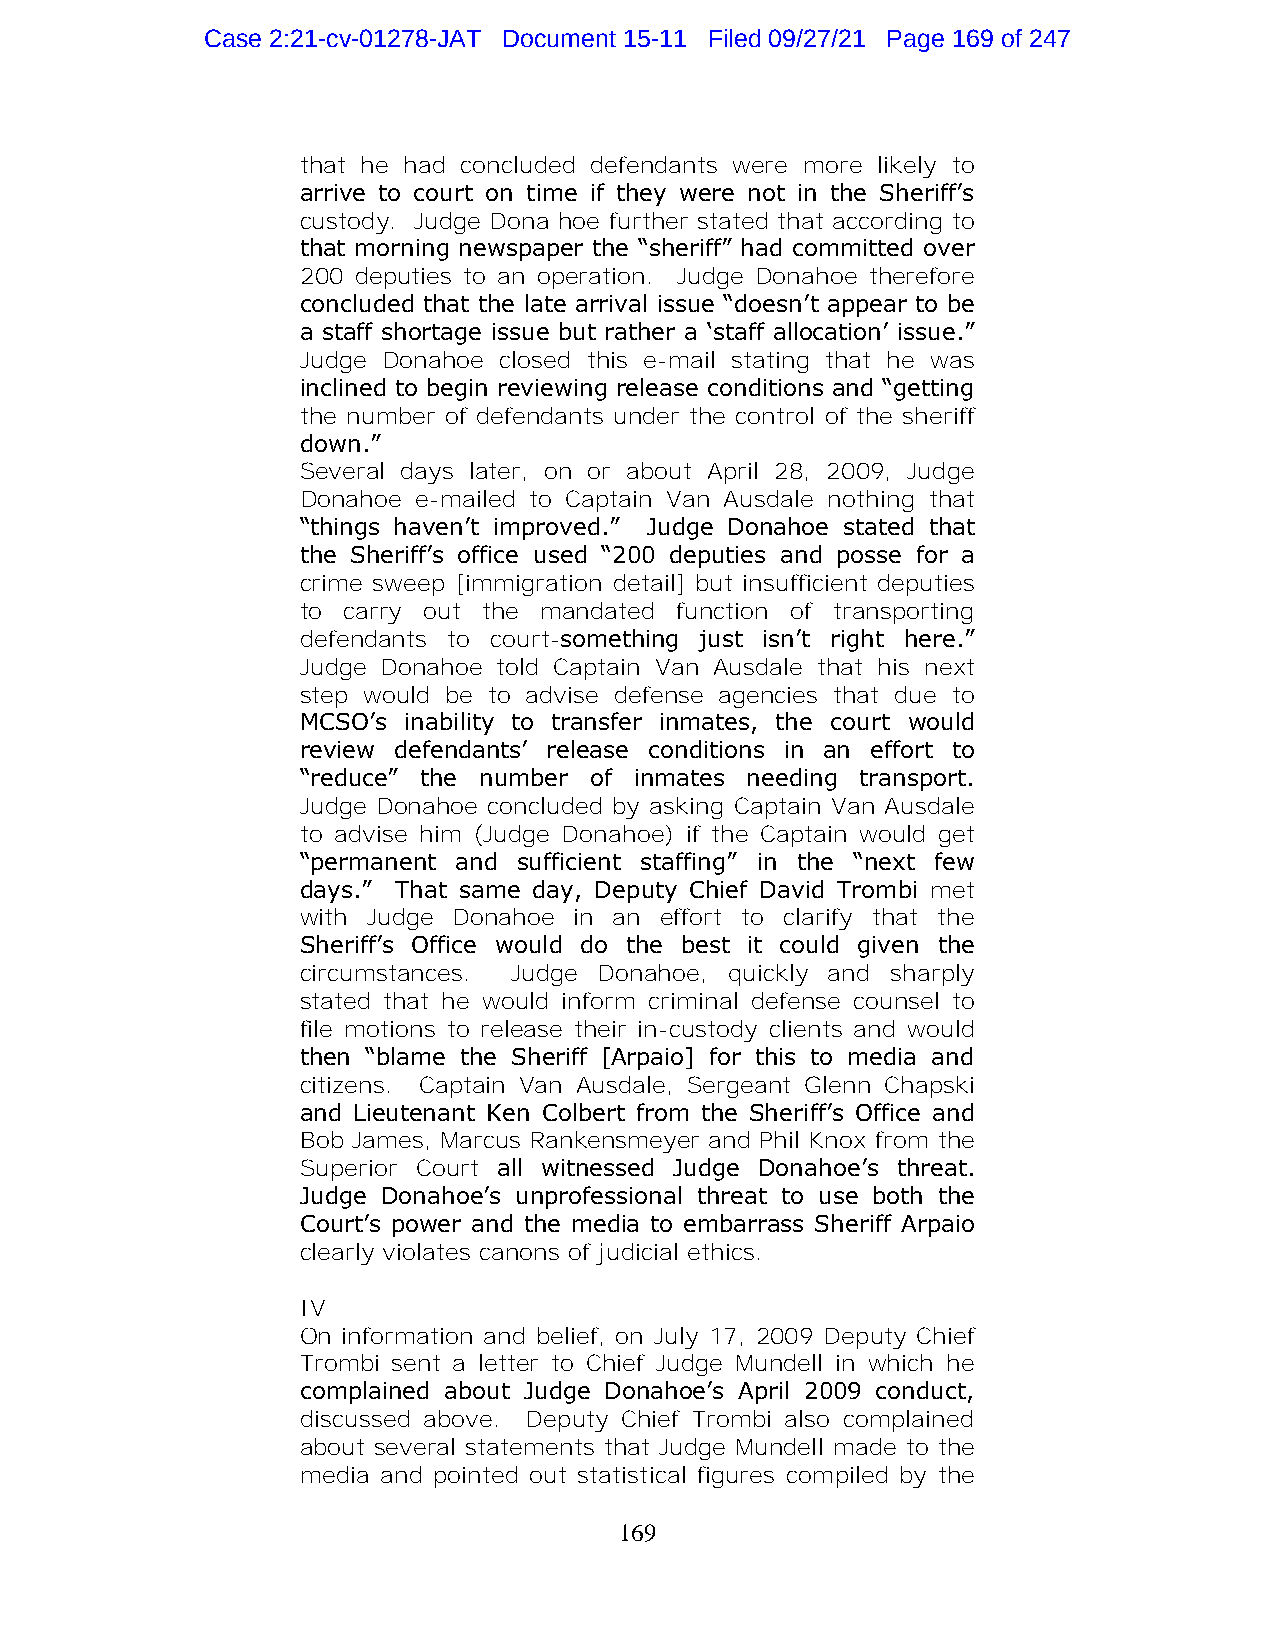
Case 2:21-cv-01278-JAT Document 15-11 Filed 09/27/21 Page 169 of 247
 that he had concluded defendants were more likely to
 arrive to court on time if they were not in the Sheriff’s
 custody. Judge Dona hoe further stated that according to
 that morning newspaper the “sheriff” had committed over
 200 deputies to an operation. Judge Donahoe therefore
 concluded that the late arrival issue “doesn’t appear to be
 a staff shortage issue but rather a ‘staff allocation’ issue.”
 Judge Donahoe closed this e-mail stating that he was
 inclined to begin reviewing release conditions and “getting
 the number of defendants under the control of the sheriff
 down.”
 Several days later, on or about April 28, 2009, Judge
 Donahoe e-mailed to Captain Van Ausdale nothing that
 “things haven’t improved.” Judge Donahoe stated that
 the Sheriff’s office used “200 deputies and posse for a
 crime sweep [immigration detail] but insufficient deputies
 to carry out the mandated function of transporting
 defendants to court-something just isn’t right here.”
 Judge Donahoe told Captain Van Ausdale that his next
 step would be to advise defense agencies that due to
 MCSO’s inability to transfer inmates, the court would
 review defendants’ release conditions in an effort to
 “reduce” the number of inmates needing transport.
 Judge Donahoe concluded by asking Captain Van Ausdale
 to advise him (Judge Donahoe) if the Captain would get
 “permanent and sufficient staffing” in the “next few
 days.” That same day, Deputy Chief David Trombi met
 with Judge Donahoe in an effort to clarify that the
 Sheriff’s Office would do the best it could given the
 circumstances. Judge Donahoe, quickly and sharply
 stated that he would inform criminal defense counsel to
 file motions to release their in-custody clients and would
 then “blame the Sheriff [Arpaio] for this to media and
 citizens. Captain Van Ausdale, Sergeant Glenn Chapski
 and Lieutenant Ken Colbert from the Sheriff’s Office and
 Bob James, Marcus Rankensmeyer and Phil Knox from the
 Superior Court all witnessed Judge Donahoe’s threat.
 Judge Donahoe’s unprofessional threat to use both the
 Court’s power and the media to embarrass Sheriff Arpaio
 clearly violates canons of judicial ethics.
 IV
 On information and belief, on July 17, 2009 Deputy Chief
 Trombi sent a letter to Chief Judge Mundell in which he
 complained about Judge Donahoe’s April 2009 conduct,
 discussed above. Deputy Chief Trombi also complained
 about several statements that Judge Mundell made to the
 media and pointed out statistical figures compiled by the
 169